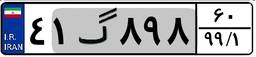
۴۱گ۸۹۸۶۰